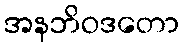
အနဘိဝဒတော